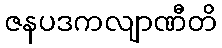
ဇနပဒကလျာဏီတိ